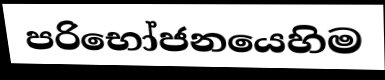
පරිභෝජනයෙහිම